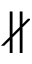
\nparallel